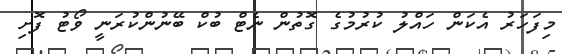
މިފަހަރު އެކަން ހައްލު ކުރުމުގެ ގޮތުން ނެޓް ބުކް ބޭނުންކުރަނީ ވޯޓު ފޮށި